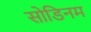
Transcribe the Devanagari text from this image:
सोडिनम